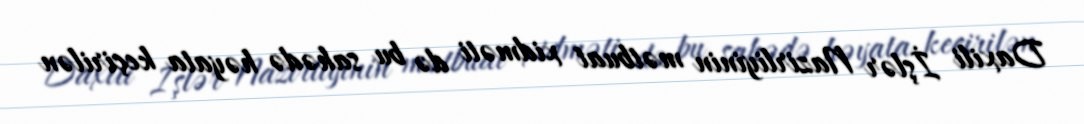
Daxili İşlər Nazirliyinin mətbuat xidməti də bu sahədə həyata keçirilən